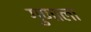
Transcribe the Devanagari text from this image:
गुणाला